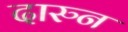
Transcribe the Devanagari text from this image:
दारुन